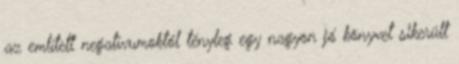
az említett negatívumoktól tényleg egy nagyon jó könyvet sikerült